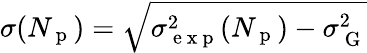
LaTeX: \sigma(N_{\mathrm{~p~}})=\sqrt{\sigma_{\mathrm{~e~x~p~}}^{2}(N_{\mathrm{~p~}})-\sigma_{\mathrm{~G~}}^{2}}